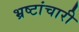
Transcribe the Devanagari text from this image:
भ्रष्टांचारी